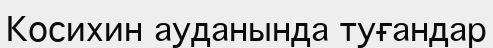
Косихин ауданында туғандар